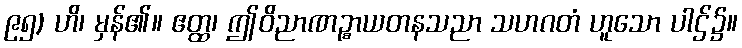
၉၅) ဟိ၊ မှန်၏။ ဧတ္ထ၊ ဤဝိညာဏဉ္စာယတနသညာ သဟဂတံ ဟူသော ပါဌ်၌။